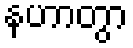
နဟာတွာ